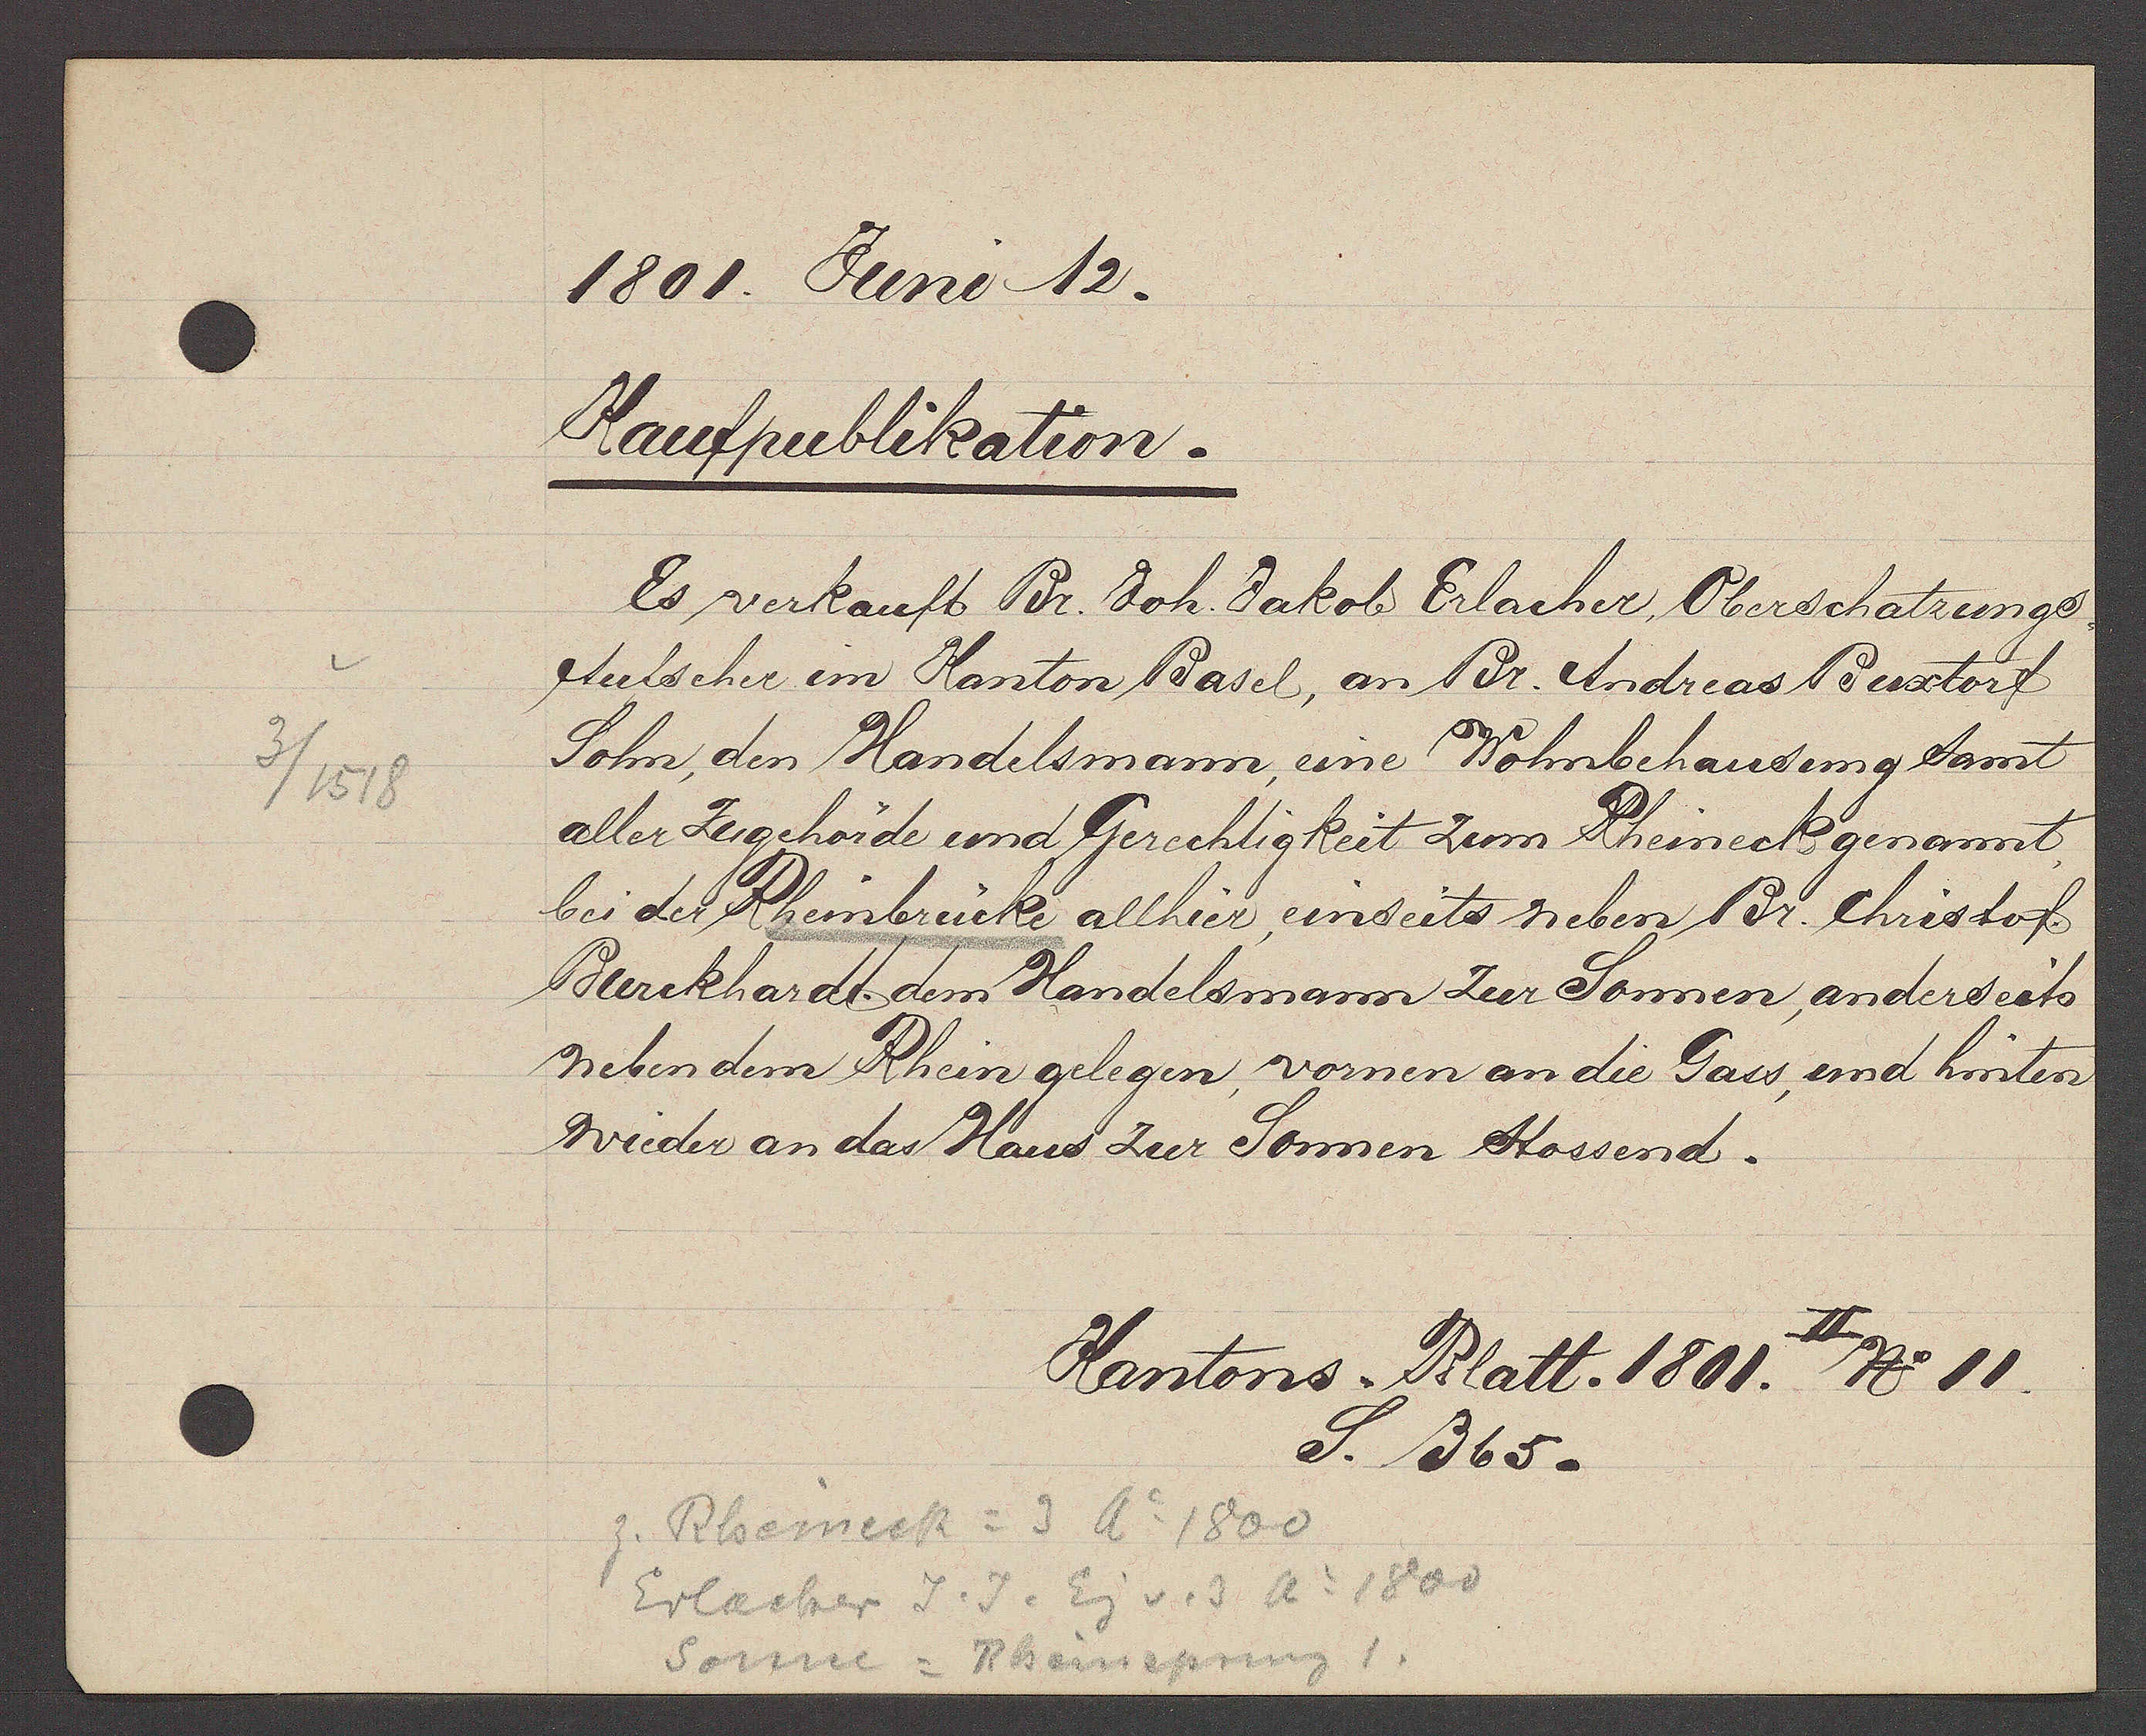
Transcript:
3 / 1518

1801. Juni 12.
Kaufpublikation.
Es verkauft Br. Joh. Jakob Erlacher Oberschatzungs-
Aufseher im Kanton Basel, an Br. Andreas Buxtorf
Sohn, den Handelsmann, eine Wohnbehausung samt
aller Zugehörde und Gerechtigkeit zum Rheineck genannt
bei der Rheinbrücke allhier, einseits neben Br. Christof
Burckhardt dem Handelsmann zur Sonnen, anderseits
neben dem Rhein gelegen, vornen an die Gass und hinten
wieder an das Haus zur Sonnen stossend.
Kantons. Platt. 1801 II No II
S. 365.
z. Rheineck = 3 Ao 1800
Erlacher J. J. Eig v. 3 Ao 1800
Sonne = Rheinsprung 1.